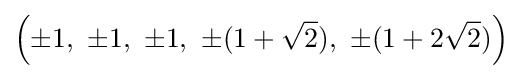
\left(\pm 1,\ \pm 1,\ \pm 1,\ \pm (1+{\sqrt {2}}),\ \pm (1+2{\sqrt {2}})\right)